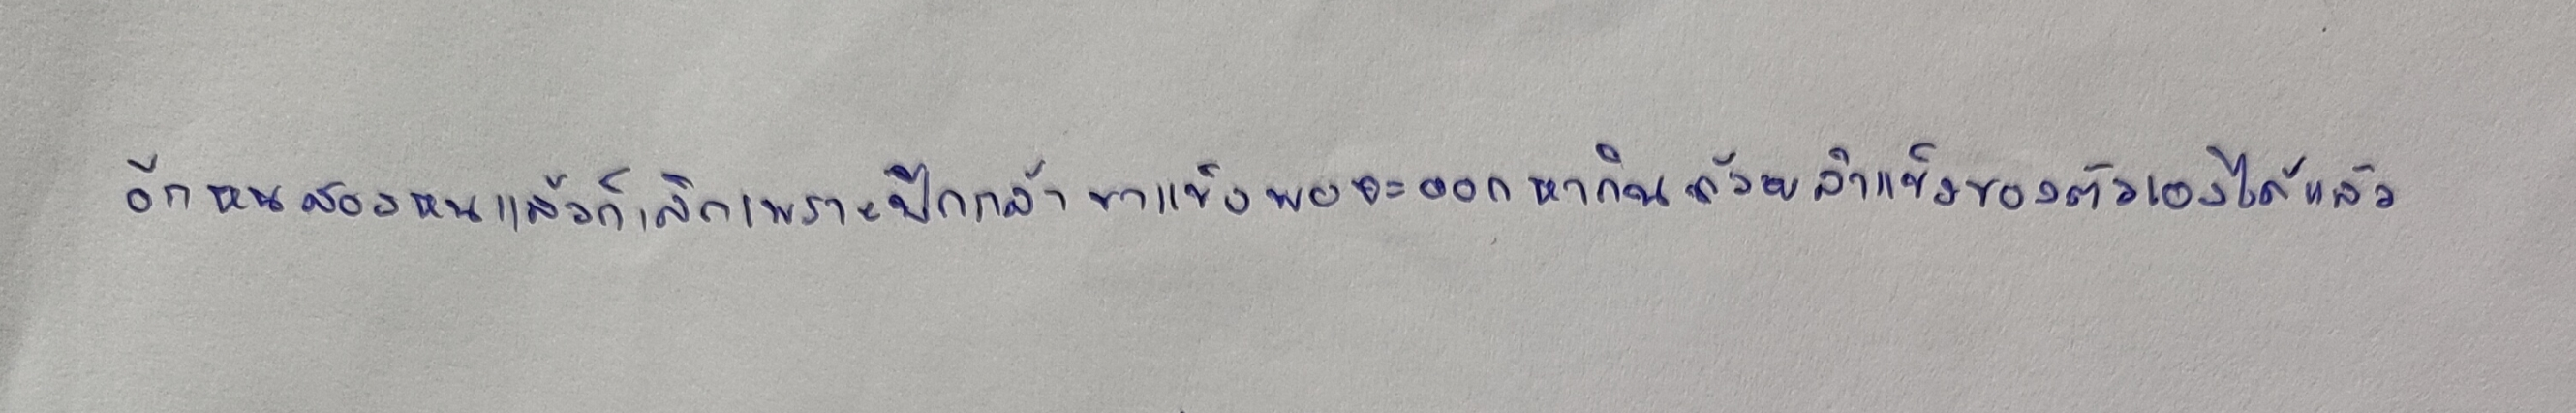
อีกหนสองหนแล้วก็เลิกเพราะปีกกล้าขาแข็งพอจะออกหากินด้วยลำแข้งของตัวเองได้แล้ว